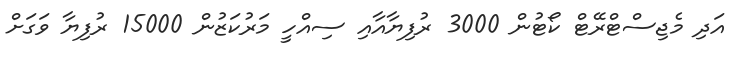
އަދި މެޖިސްޓްރޭޓް ކޯޓުން 3000 ރުފިޔާއާއި ސިއްހީ މަރުކަޒުން 15000 ރުފިޔާ ވަގަށް